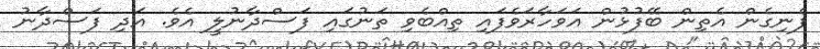
ފެނިގެން އެތިން ބޭފުޅުން އަވަހާރަވެފައި ތިއްބެވި ތަނުގައި ފަސްދާނުލީ އެވެ. އަދި ފަސްދާނު